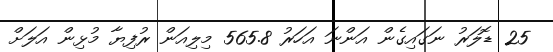
25 ޑޮލަރު ނަގައިގެން އަންނަ އަހަރު 565.8 މިލިއަން ރުފިޔާ މުޅިން އަލަށް